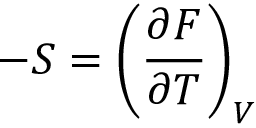
- S = \left( { \frac { \partial F } { \partial T } } \right) _ { V }